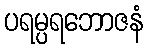
ပရမ္ပရဘောဇနံ